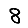
Digit: 8